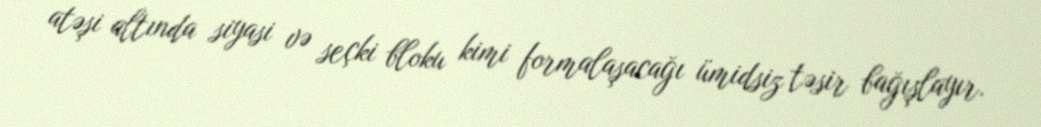
atəşi altında siyasi və seçki bloku kimi formalaşacağı ümidsiz təsir bağışlayır.